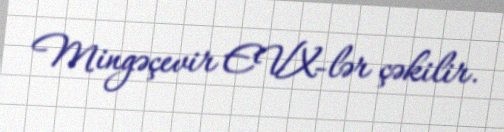
Mingəçevir EVX-lər çəkilir.